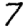
Digit: 7